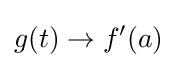
g(t)\rightarrow {f}'(a)